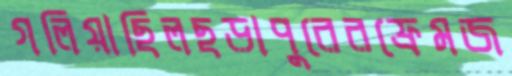
গলিয়াছিলছড়াপুরেরফ্রেমজ